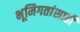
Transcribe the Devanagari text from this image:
भूमिगतांसाठी